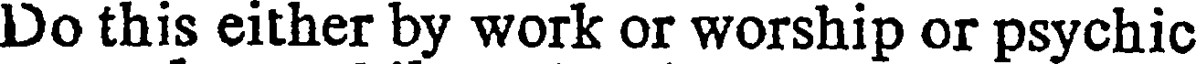
Do this either by work or worship or psychic